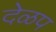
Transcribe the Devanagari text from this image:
देळप